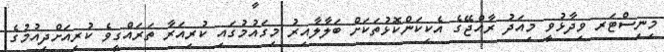
މިނިސްޓަރ ވިދާޅުވީ މިއަދު ރާއްޖޭގެ އެކިކަންކޮޅުތަކަށް ބަލާލާއިރު މިގައުމުގައި ކުރިއަރާ ތަރައްގީވެ ކުރިއަށްދިއުމުގެ